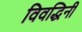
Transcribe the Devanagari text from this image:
विवद्धिनी